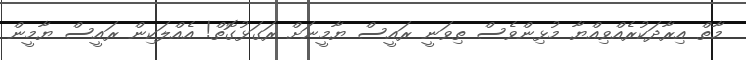
މާތް އިރާދަކުރެއްވިއްޔާ މުޅިންވެސް ތިވަނީ ރައީސް ޔާމީނަށް ރަގަޅުގޮތް! އެއްލަކިން ރައީސް ޔާމީން